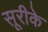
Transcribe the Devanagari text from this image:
सूरीके